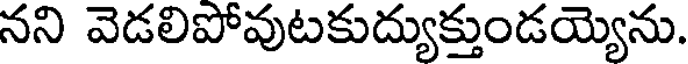
నని వెడలిపోవుటకుద్యుక్తుండయ్యెను.